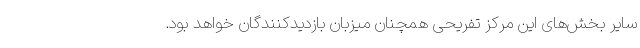
سایر بخش‌های این مرکز تفریحی همچنان میزبان بازدیدکنندگان خواهد بود.